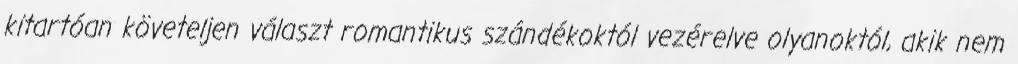
kitartóan követeljen választ romantikus szándékoktól vezérelve olyanoktól, akik nem